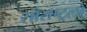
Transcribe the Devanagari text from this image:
सौराष्ट्रला